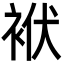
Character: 袱